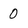
Character: 0